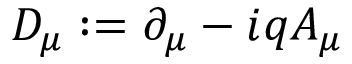
D _ { \mu } : = \partial _ { \mu } - i q A _ { \mu }